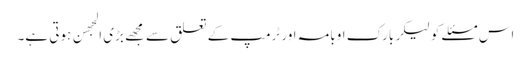
اس مسئلے کو لیکر بارک اوبامہ اور ٹرمپ کے تعلق سے مجهے بڑی الجهن ہوتی ہے۔